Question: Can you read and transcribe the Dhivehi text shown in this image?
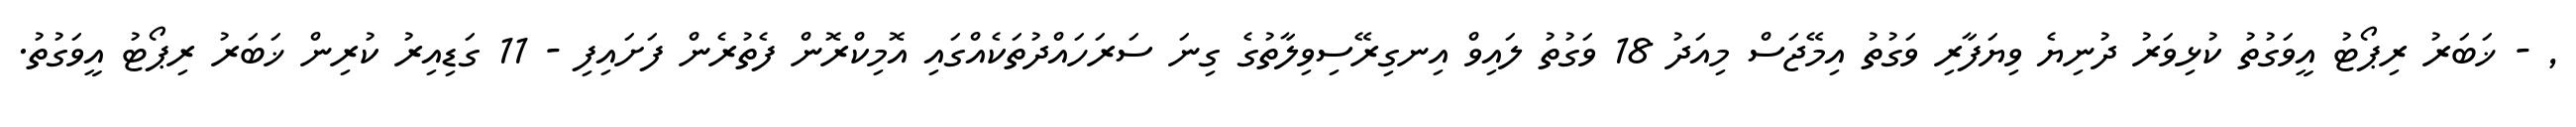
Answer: , - ޚަބަރު ރިޕޯޓު އީވަގުތު ކުޅިވަރު ދުނިޔެ ވިޔަފާރި ވަގުތު އިމޭޖަސް މިއަދު 18 ވަގުތު ލައިވް އިނގިރޭސިވިލާތުގެ ގިނަ ސަރަހައްދުތަކެއްގައި އޮމިކްރޮން ފެތުރެން ފަށައިފި - 11 ގަޑިއިރު ކުރިން ޚަބަރު ރިޕޯޓު އީވަގުތު.